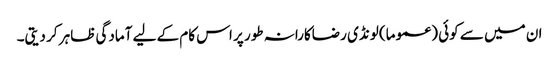
ان میں سے کوئی (عموما) لونڈی رضاکارانہ طور پر اس کام کے لیے آمادگی ظاہر کر دیتی۔